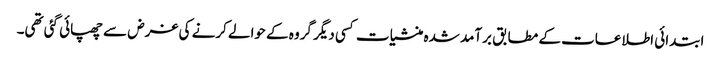
ابتدائی اطلاعات کے مطابق برآمد شدہ منشیات کسی دیگر گروہ کے حوالے کرنے کی غرض سے چھپائی گئی تھی۔